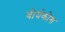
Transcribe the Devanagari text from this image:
वीर्यकोश